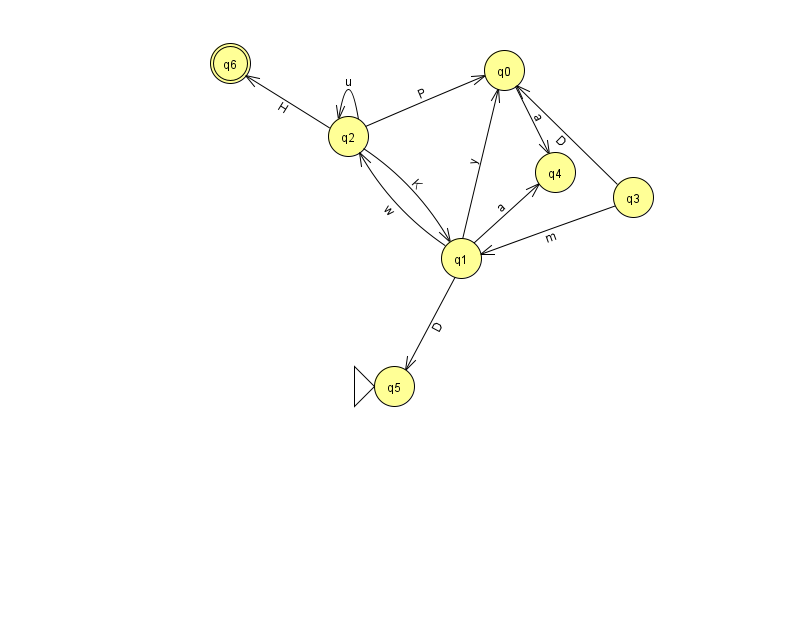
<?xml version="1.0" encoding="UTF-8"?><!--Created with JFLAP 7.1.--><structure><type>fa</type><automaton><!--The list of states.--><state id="0" name="q0"><x>504.0</x><y>57.0</y></state><state id="1" name="q1"><x>461.0</x><y>245.0</y></state><state id="2" name="q2"><x>348.0</x><y>123.0</y></state><state id="3" name="q3"><x>633.0</x><y>184.0</y></state><state id="4" name="q4"><x>555.0</x><y>159.0</y></state><state id="5" name="q5"><x>394.0</x><y>373.0</y><initial/></state><state id="6" name="q6"><x>230.0</x><y>50.0</y><final/></state><!--The list of transitions.--><transition><from>1</from><to>4</to><read>a</read></transition><transition><from>0</from><to>4</to><read>a</read></transition><transition><from>2</from><to>2</to><read>u</read></transition><transition><from>3</from><to>1</to><read>m</read></transition><transition><from>2</from><to>1</to><read>K</read></transition><transition><from>1</from><to>5</to><read>D</read></transition><transition><from>1</from><to>0</to><read>y</read></transition><transition><from>1</from><to>2</to><read>w</read></transition><transition><from>2</from><to>6</to><read>H</read></transition><transition><from>2</from><to>0</to><read>P</read></transition><transition><from>3</from><to>0</to><read>D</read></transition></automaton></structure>